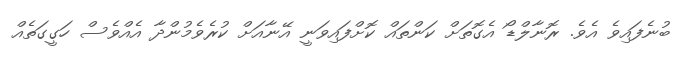
ބުނެފައިވެ އެވެ. ރޮނާލްޑޯ އެގޮތަށް ކަންތައް ކޮށްފައިވަނީ އޭނާއަށް ކުރެވެމުންދާ އެއްވެސް ހަގީގަތެއް